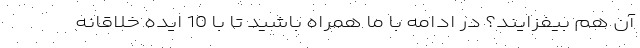
آن هم بیفزایند؟ در ادامه با ما همراه باشید تا با 10 ایده خلاقانه